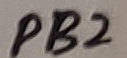
Text: PB2